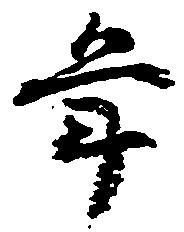
年